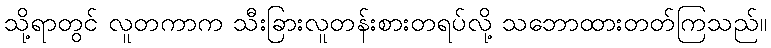
သို့ရာတွင် လူတကာက သီးခြားလူတန်းစားတရပ်လို့ သဘောထားတတ်ကြသည်။